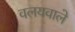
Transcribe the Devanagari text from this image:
वलयवाले